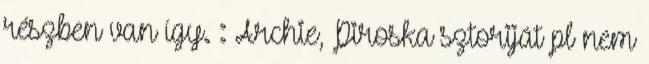
részben van így. : Archie, Piroska sztoriját pl nem